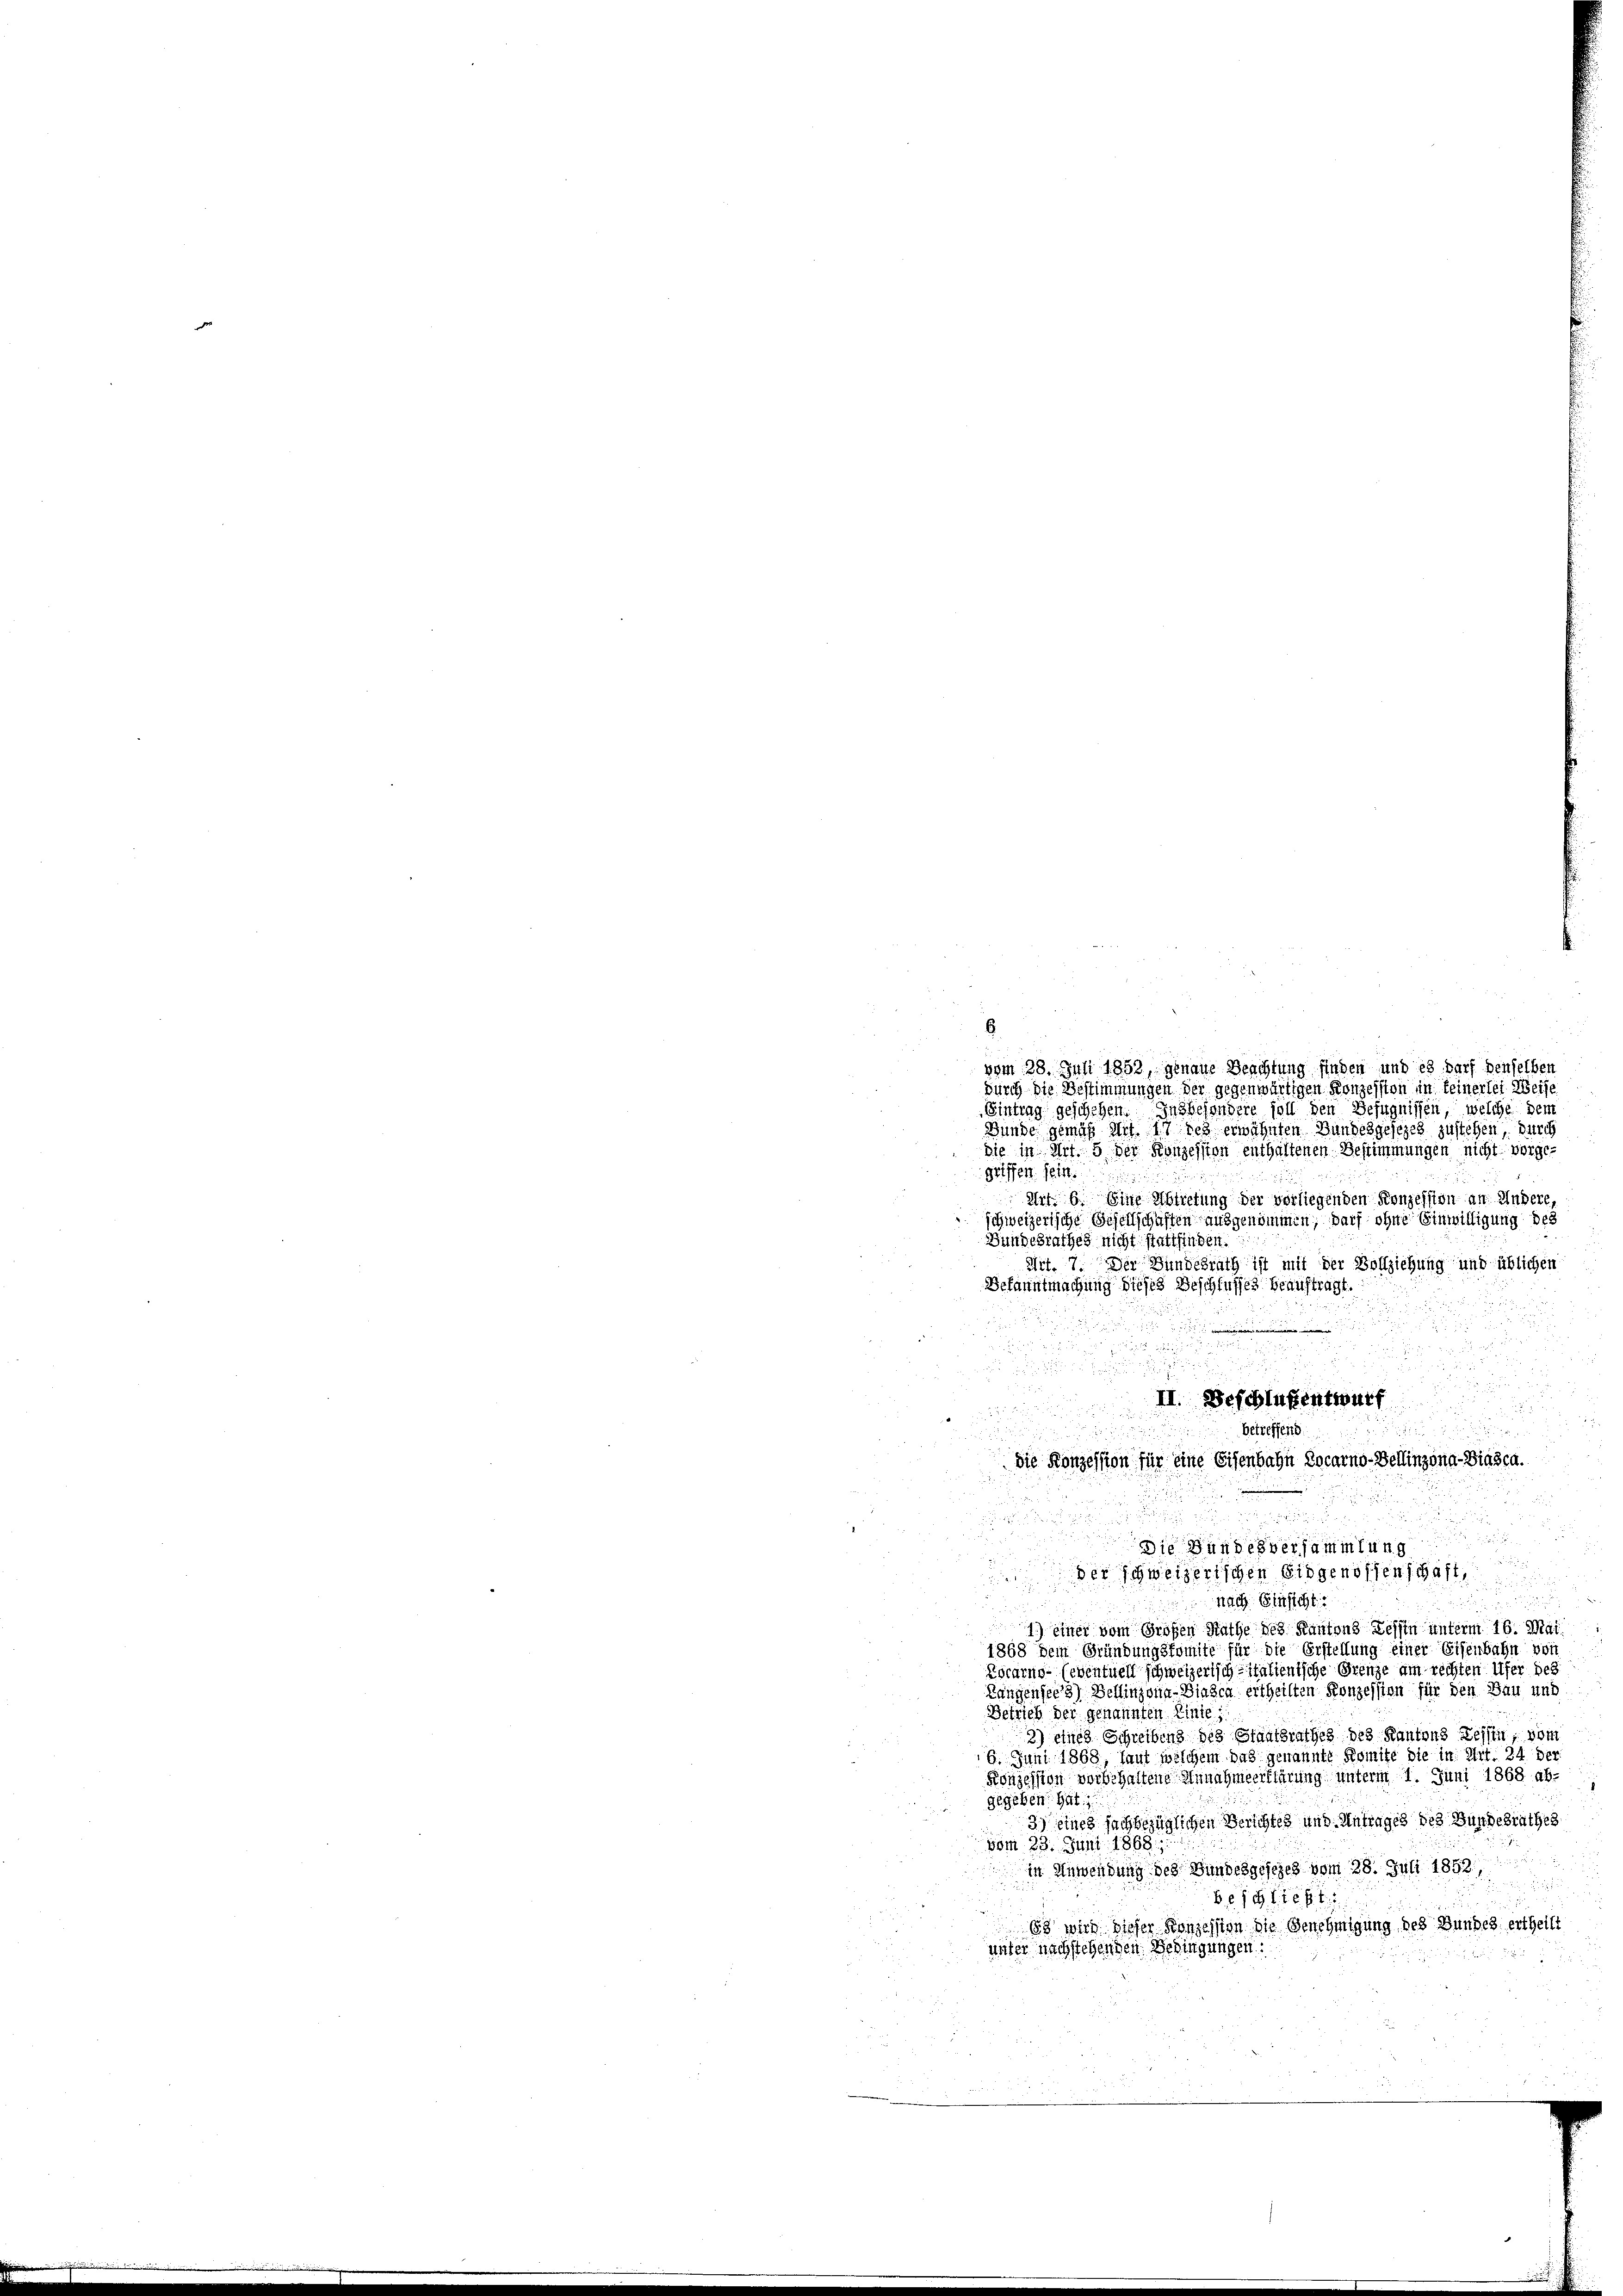
6
25
vom 28. Juli 1852, genaue Beachtung finden und es darf denselben
durch die Bestimmungen der gegenwärtigen Konzession in keinerlei Weise
Eintrag geschehen. Insbesondere soll den Befugnissen, welche dem
Bunde gemäß mit 17 des erwähnten Bundesgesezes zustehen, durch
die in Art. 5 der Konzession enthaltenen Bestimmungen nicht vorgegriffen sein.
Art. 6. Eine Abtretung der vorliegenden Konzession an Andere,
schweizerische Besellschaften ausgenommen, darf ohne Einwilligung des
Bundesrathes nicht stattfinden.
Art. 7. Der Bundesrath ist mit der Vollziehung und üblichen
Bekanntmachung dieses Beschlusses beauftragt.

u

e

nach Einsicht

L
4) einer vom Großen Rathe des Kantons Tessin unterm 16. Mai
1868 dem Gründungskomite für die Erstellung einer Eisenbahn von
Locarno- (eventuell schweizerisch Italienische Grenze am rechten Ufer des
Langensee 3) Bellinzona-Diesen ertheilten Konzession für den Bau und
Betrieb der genannten Linie,
2) eines Schreibens des Staatsrathes des Kantons Tessin, vom
6. Juni 1868, laut welchem das genannte Komite die in Art. 24 der
Konzession vorbehaltene Annahmeerklärung unterm 1. Juni 1868 ab-
gegeben hat
3) eines sachbezüglichen Berichtes und Antrages des Bundesrathes
vom 23. Juni 1868;
in Anwendung des Bundesgesezes vom 28. Juli 1852,
227
818 f
63 wird dieser Konzession die Genehmigung des Bundes, ertheilt
unter nachstehenden Bedingungen:

II. Beschlußentwurf
getreffen

die Konzession für eine Eisenbahn Locarno-Bellinzona-Biasca.
u
i andesversammlung
d
der Schweizerlichen Eidgenossenschaft